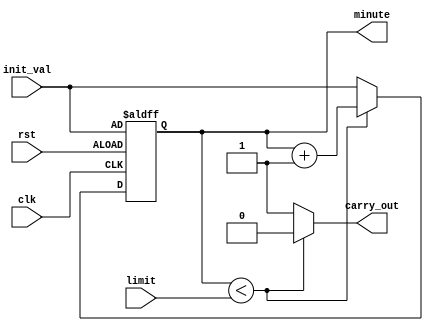
`timescale 1ns / 1ps
//////////////////////////////////////////////////////////////////////////////////
// Company: 
// Engineer: 
// 
// Design Name: 
// Module Name: minute
// Project Name: 
// Target Devices: 
// Tool Versions: 
// Description: 
// 
// Dependencies: 
// 
// Revision:
// Revision 0.01 - File Created
// Additional Comments:
// 
//////////////////////////////////////////////////////////////////////////////////


module minute(
        clk,
        rst,
        init_val,
        limit, 
        minute,
        carry_out
    );
    input clk;
    input rst;
    input [6:0]limit;
    input [6:0]init_val;
    output reg [6:0]minute;
    output reg carry_out;
    
    reg [6:0]minute_next;
    always@*
        if (minute<limit) begin
            minute_next = minute + 1;
            carry_out = 0;
            end
        else begin
            minute_next = init_val;
            carry_out = 1;
            end
    always@(posedge clk or posedge rst)
        if(rst) minute <= init_val;
        else minute <= minute_next;
        
endmodule